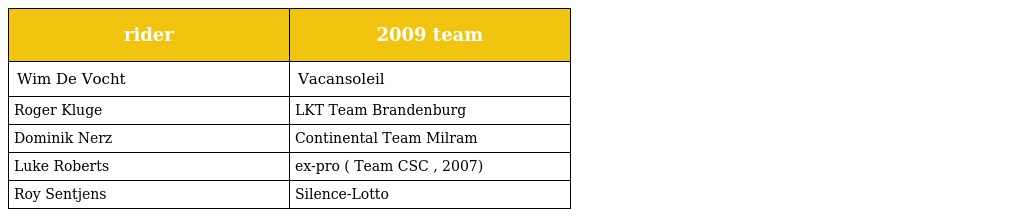
| rider | 2009 team |
 | --- | --- |
 | Wim De Vocht | Vacansoleil |
 | Roger Kluge | LKT Team Brandenburg |
 | Dominik Nerz | Continental Team Milram |
 | Luke Roberts | ex-pro ( Team CSC , 2007) |
 | Roy Sentjens | Silence-Lotto |